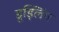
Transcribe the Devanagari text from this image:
डूड्लिंग